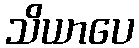
သိယာပေ